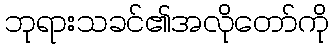
ဘုရားသခင်၏အလိုတော်ကို